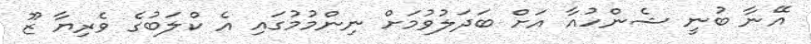
އޭނާ ބުނީ ޝެންހުއާ އަށް ބަދަލުވުމަށް ނިންމުމުގައި އެ ކްލަބުގެ ވެރިޔާ ޒޫ